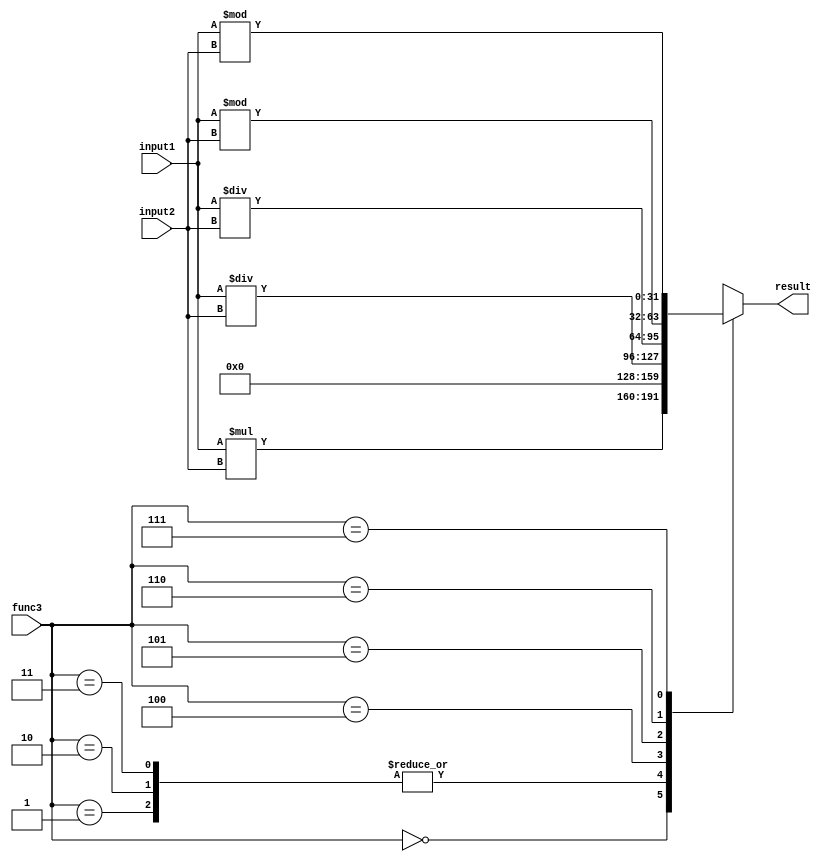
`timescale 1ns / 1ps
//////////////////////////////////////////////////////////////////////////////////
// Company: 
// Engineer: 
// 
// Design Name: 
// Module Name: Mul_unit
// Project Name: 
// Target Devices: 
// Tool Versions: 
// Description: 
// 
// Dependencies: 
// 
// Revision:
// Revision 0.01 - File Created
// Additional Comments:
// 
//////////////////////////////////////////////////////////////////////////////////


module Mul_unit(input [31:0]input1, input2,input [2:0] func3, output reg  [31:0]  result );

always@(*)
begin
    case(func3)
         3'b000:
               result=(input1*input2);
           3'b001:
               result=($signed(input1)*$signed(input2))>>32;
           3'b010:
               result=($signed(input1)*input2)>>32;
           3'b011:
               result=(input1*input2)>>32;
           3'b100:
               result=$signed(input1)/$signed(input2);   
           3'b101:
               result=input1/input2;
           3'b110:
               result=$signed(input1)%$signed(input2);
           3'b111:
               result=input1%input2;
    endcase
 end   
endmodule